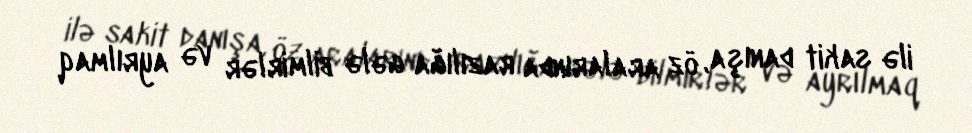
ilə sakit danışa, öz aralarında razılığa gələ bilmirlər və ayrılmaq